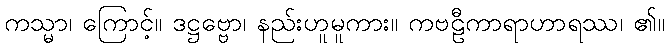
ကသ္မာ၊ ကြောင့်။ ဒဋ္ဌဗ္ဗော၊ နည်းဟူမူကား။ ကဗဠီကာရာဟာရဿ၊ ၏။